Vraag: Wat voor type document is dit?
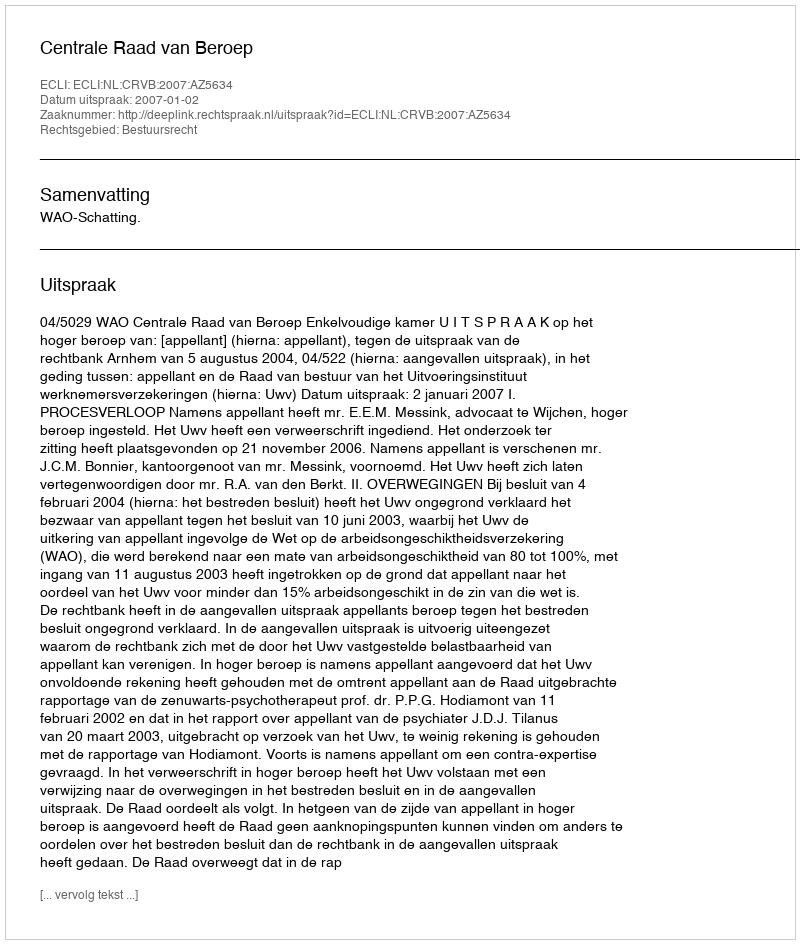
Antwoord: Uitspraak